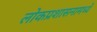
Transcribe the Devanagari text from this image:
लोकप्रशासनामध्ये